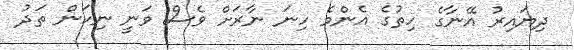
ދިޔައިރު އޭނާގެ ހިތުގެ އެންމެ ހިނަ ނާރަށް ވެސް ވަނީ ނިކަން ތަދު